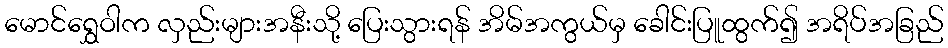
မောင်ရွှေဝါက လှည်းများအနီးသို့ ပြေးသွားရန် အိမ်အကွယ်မှ ခေါင်းပြူထွက်၍ အရိပ်အခြည်